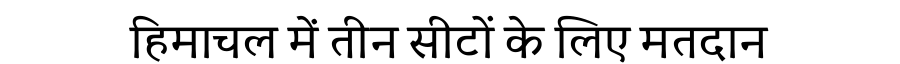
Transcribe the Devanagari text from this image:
हिमाचल में तीन सीटों के लिए मतदान